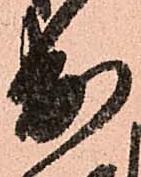
出